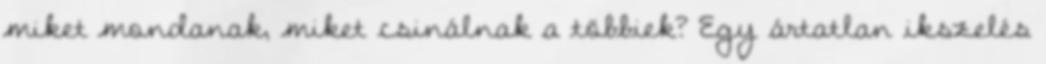
miket mondanak, miket csinálnak a többiek? Egy ártatlan ikszelés